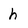
Character: h